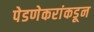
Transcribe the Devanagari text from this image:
पेडणेकरांकडून